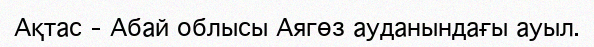
Ақтас – Абай облысы Аягөз ауданындағы ауыл.